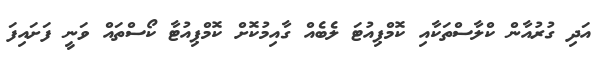
އަދި ގުރުއާން ކްލާސްތަކާއި ކޮމްޕިއުޓަ ލެބެއް ގާއިމުކޮށް ކޮމްޕިއުޓާ ކޯސްތައް ވަނީ ފަށައިފަ